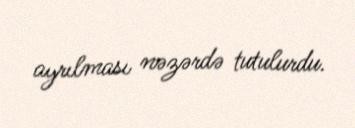
ayrılması nəzərdə tutulurdu.